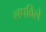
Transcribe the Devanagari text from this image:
लपविले